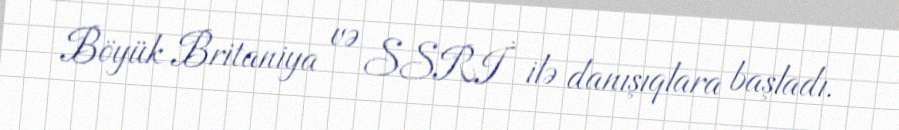
Böyük Britaniya və SSRİ ilə danışıqlara başladı.